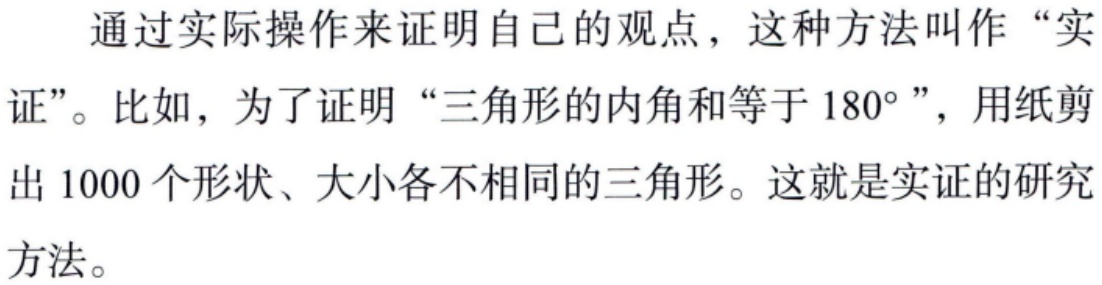
通过实际操作来证明自己的观点，这种方法叫作“实证”。比如，为了证明“三角形的内角和等于 \(180^{\circ}\)”，用纸剪出 1000 个形状、大小各不相同的三角形。这就是实证的研究方法。